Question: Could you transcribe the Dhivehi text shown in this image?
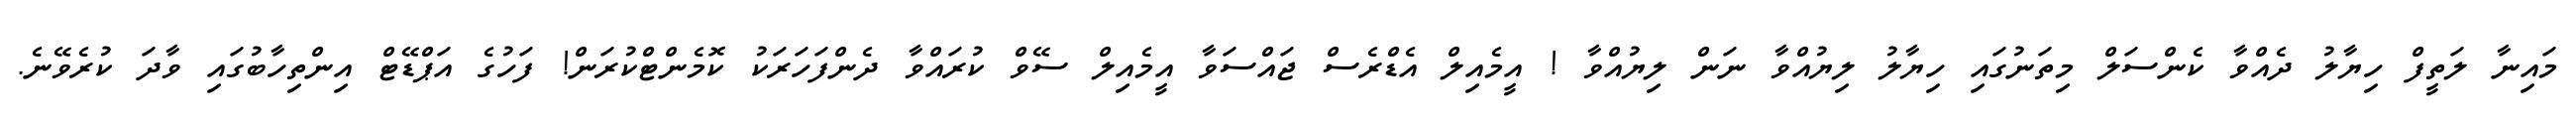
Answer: މައިނާ ލަތީފް ހިޔާލު ދެއްވާ ކެންސަލް މިތަނުގައި ހިޔާލު ލިޔުއްވާ ނަން ލިޔުއްވާ ! އީމެއިލް އެޑްރެސް ޖައްސަވާ އީމެއިލް ސޭވް ކުރައްވާ ދެންފަހަރަކު ކޮމެންޓްކުރަން! ފަހުގެ އަޕްޑޭޓް އިންތިހާބުގައި ވާދަ ކުރެވޭނެ.